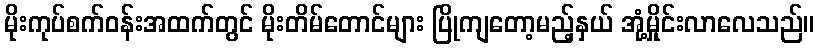
မိုးကုပ်စက်ဝန်းအထက်တွင် မိုးတိမ်တောင်များ ပြိုကျတော့မည့်နှယ် အုံ့မှိုင်းလာလေသည်။